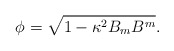
\begin{align*} \phi = \sqrt{1-\kappa^2 B_m B^m}.\end{align*}